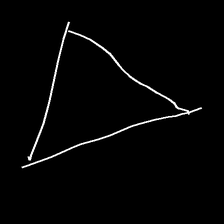
Glyph: convergence